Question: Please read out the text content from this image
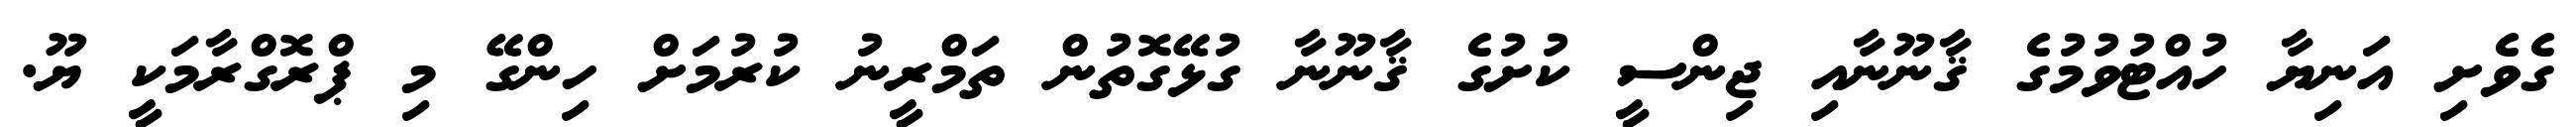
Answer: ގެވެށި އަނިޔާ ހުއްޓުވުމުގެ ޤާނޫނާއި ޖިންސީ ކުށުގެ ޤާނޫނާ ގުޅޭގޮތުން ތަމްރީނު ކުރުމަށް ހިންގޭ މި ޕްރޮގްރާމަކީ ޔޫ.